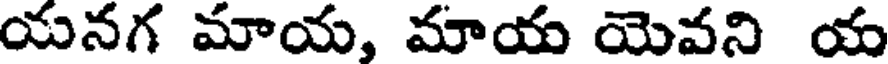
యనగ మాయ, మాయ యెవని య